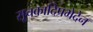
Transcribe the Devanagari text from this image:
सूचकादिप्रभेदेन